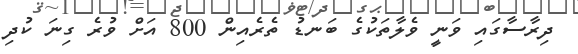
ދިރާސާގައި ވަނީ ވެލާތަކުގެ ބަނޑު ތެރެއިން 800 އަށް ވުރެ ގިނަ ކުދި